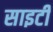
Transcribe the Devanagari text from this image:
साइटी